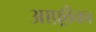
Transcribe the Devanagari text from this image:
आफ़्रीका